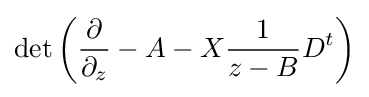
\det \left({\frac {\partial }{\partial _{z}}}-A-X{\frac {1}{z-B}}D^{t}\right)